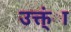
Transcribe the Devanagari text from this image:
उक्त्ंा